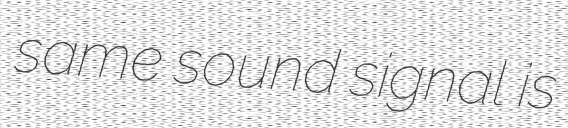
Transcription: same sound signal is